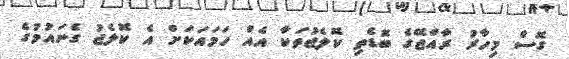
ގޮސް މިހާރު ރާއްޖޭގެ ބޮޑެތި ކޮލެޖުތަކާ އެއް ހަމައަކަށް އެ ކޮލެޖު ގެނައުމުގެ